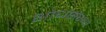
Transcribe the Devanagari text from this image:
शोधसंस्था